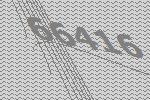
66416